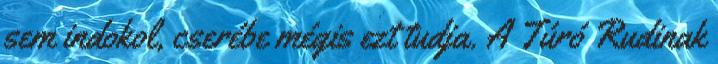
sem indokol, cserébe mégis ezt tudja. A Túró Rudinak